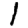
Digit: 1